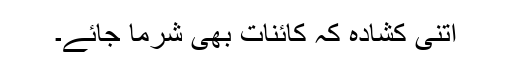
اتنی کشادہ کہ کائنات بھی شرما جائے۔